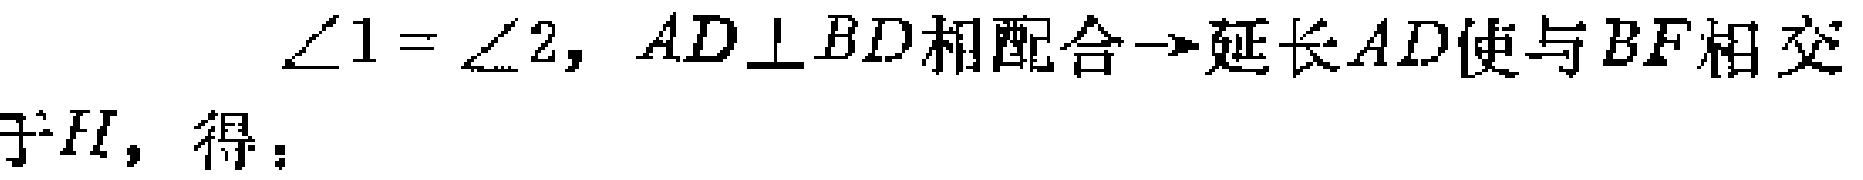
$\angle 1 = \angle 2, AD\perp BD\text{相配合}\to\text{延长}AD\text{使与}BF\text{相交于}H,\text{得：}$